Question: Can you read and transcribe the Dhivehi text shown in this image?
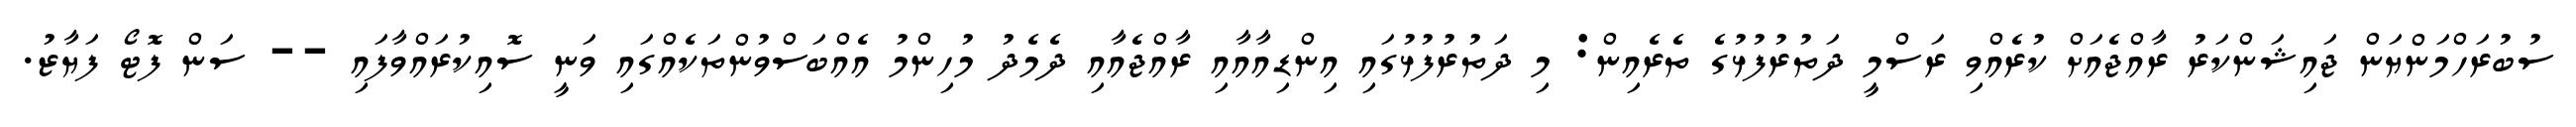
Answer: ސުބުރަހްމަންޔަން ޖައިޝަންކަރު ރާއްޖެއަށް ކުރެއްވި ރަސްމީ ދަތުރުފުޅުގެ ތެރެއިން: މި ދަތުރުފުޅުގައި އިންޑިއާއާއި ރާއްޖެއާއި ދެމެދު މުހިންމު އެއްބަސްވުންތަކެއްގައި ވަނީ ސޮއިކުރައްވާފައި -- ސަން ފޮޓޯ ފަޔާޒު.